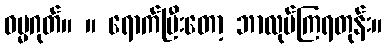
ဓမ္မဂုတ်။ ။ ရောက်ပြီးတော့ ဘာလုပ်ကြရတုန်း။